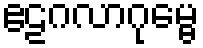
ဧဠဂလာဂုမ္ဗေ